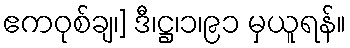
ဧကဝုစ်ချ၊] ဒီ၊ဋ္ဌ၊၁၊၉၁ မှယူရန်။